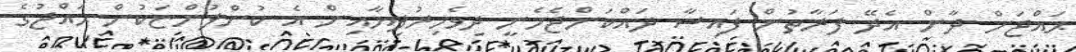
ޙައްޖަށް ދާން އެދޭ ފަރާތުން ފައިސާ ދައްކަންޖެހެނީ ދިވެހިރުފިޔާއިން އެ ކުންފުންޏަކުން ޙައްޖުގެ